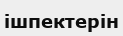
ішпектерін